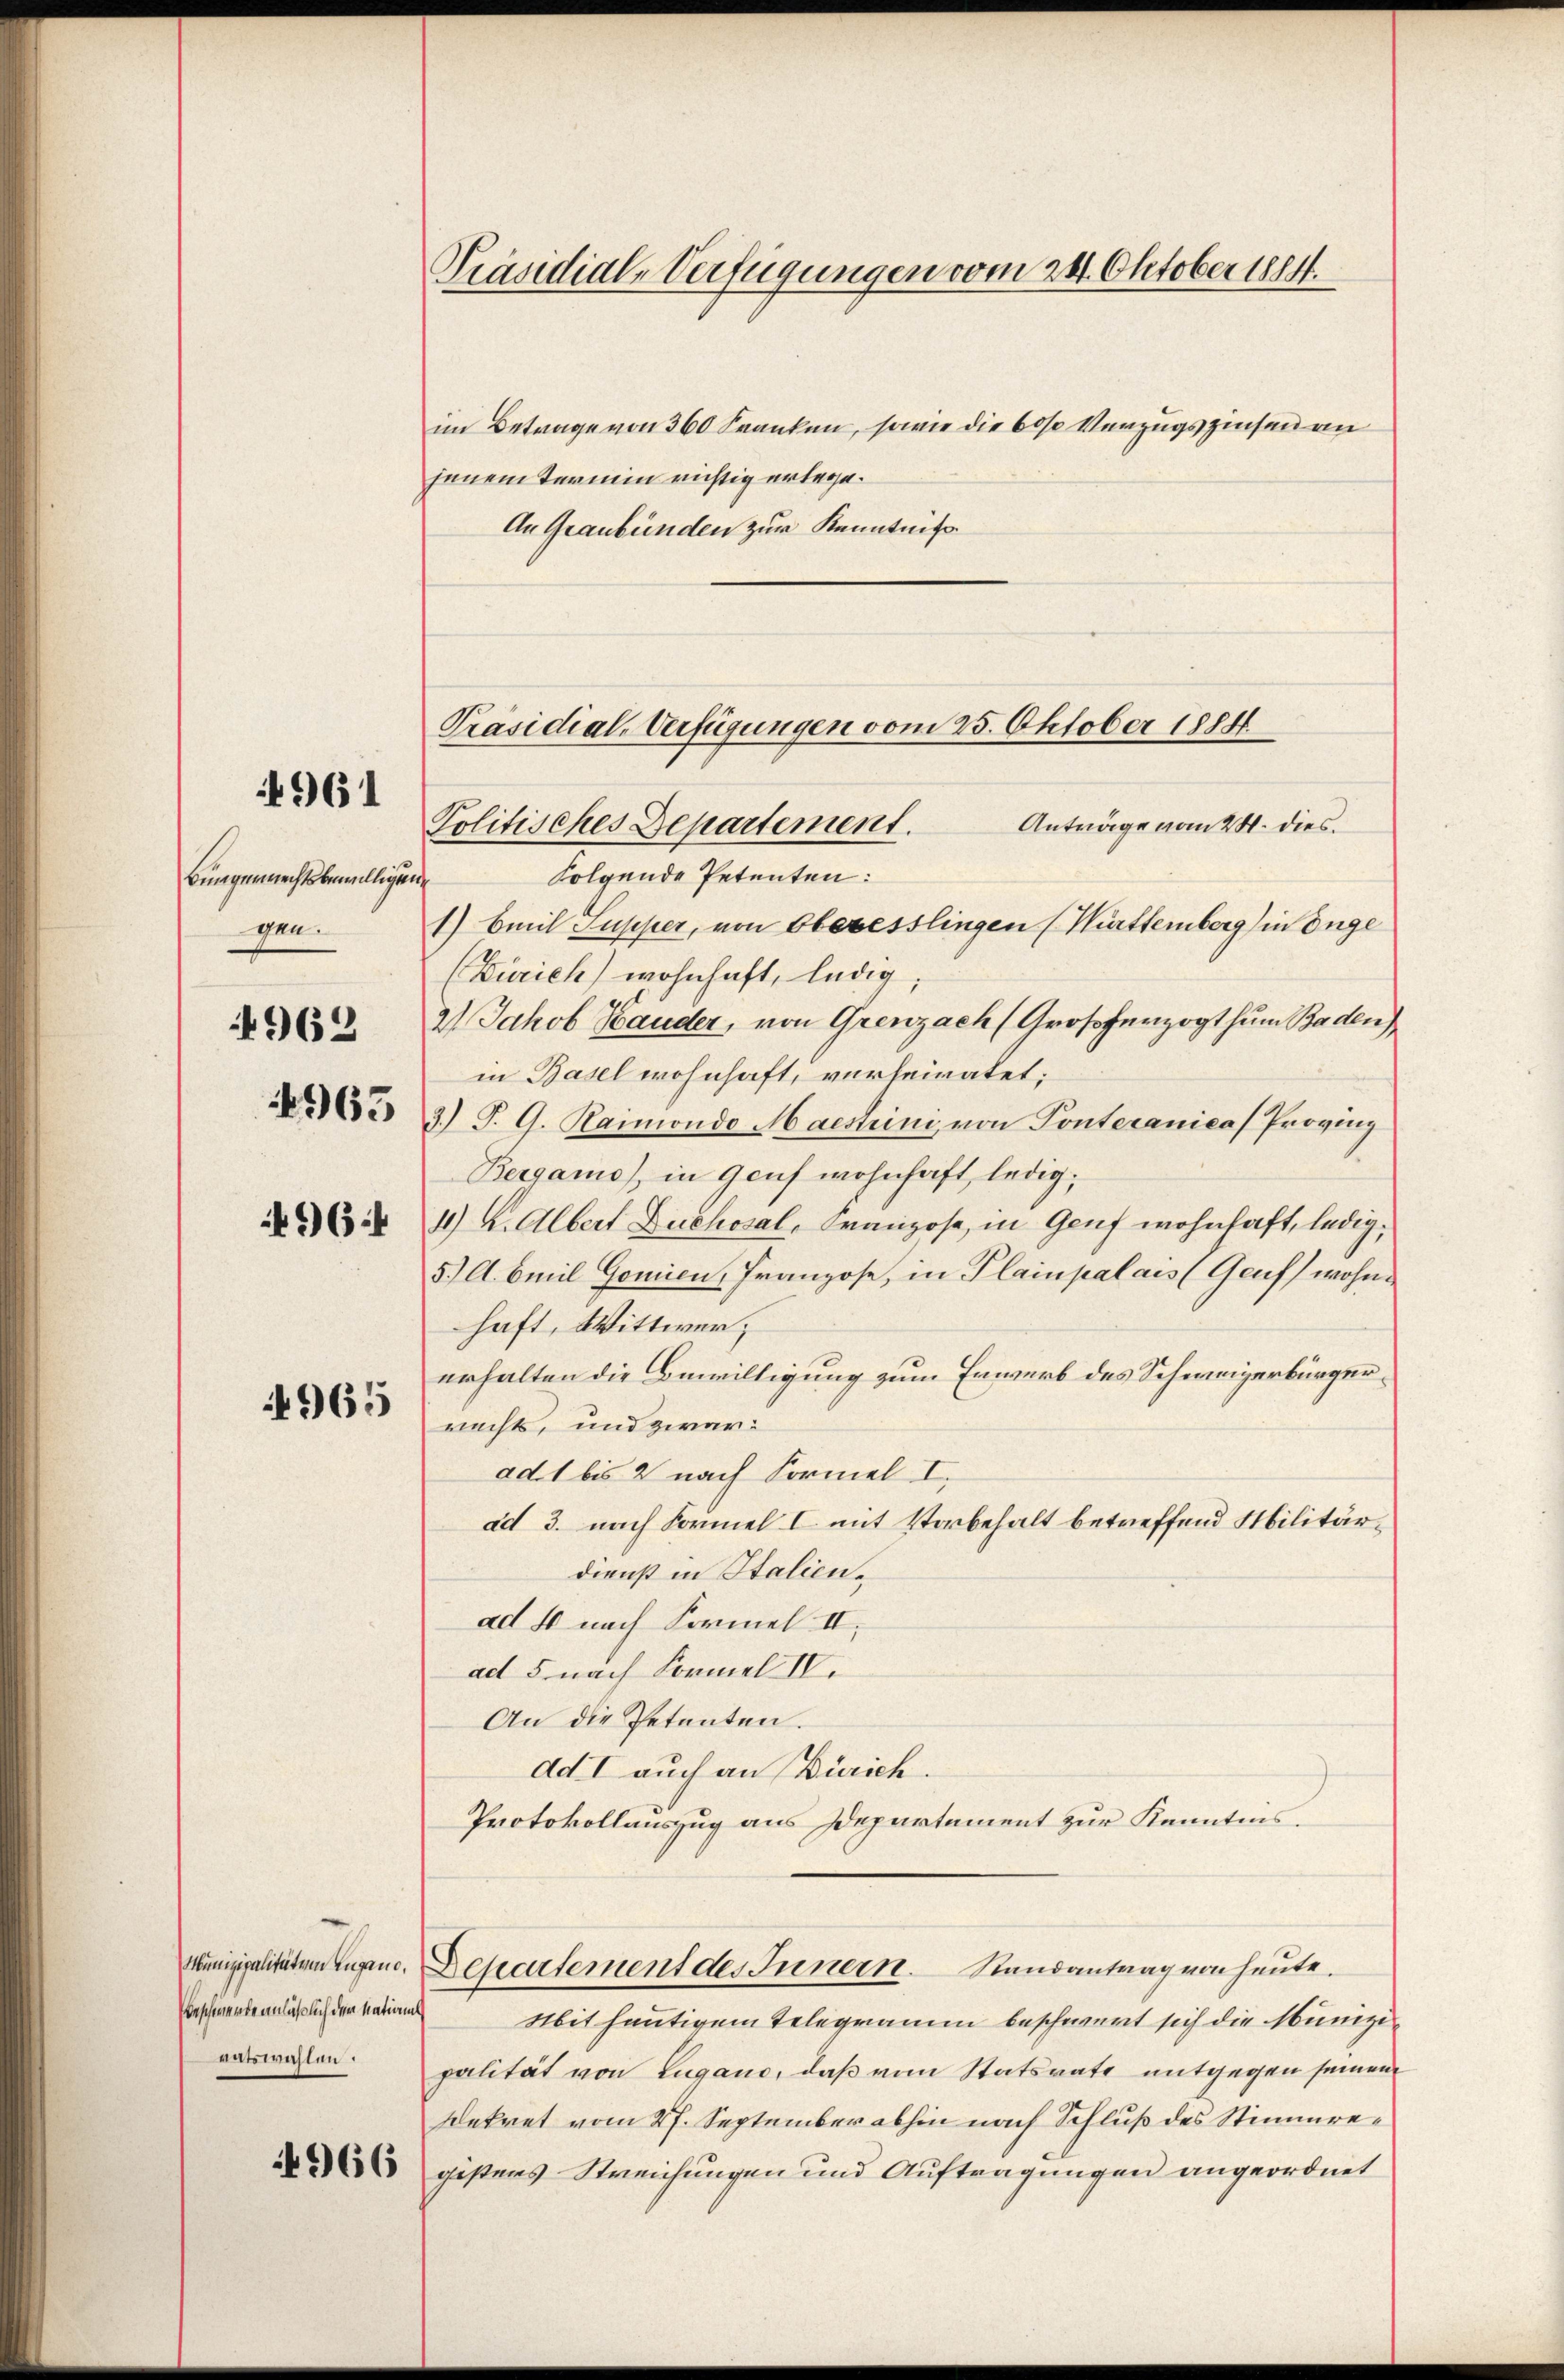
4962

4961

burgerrechtsbewilligen
gen.
64
965

965

Munizipalitäten Zugano.
Beschwerde anläßlich der Nations
ratswahlen.

4966

Präsidial-Verfügungen vom 24. Oktober 1814.

Präsidial-Verfügungen vom 25. Oktober 1884
Anträge vom 20. dies
Politisches Departement.

im Betrage von 360 Franken, sowie die 60% Verzugszinsen an
jenem Termin richtig erlege.
An Graubünden zur Kenntniß
Folgende Petenten:
1) Emil Supper, von Oberesslingen (Kirttemberg in Enge
(Zürich) wohnhaft, ledig
2) Jakob Hander, von Grenzach (Großherzogthum Baden)
in Basel wohnhaft, verheiratet:
3.) J. G. Raimondo Maestrini, von Pontecanica Provinz
Beigams, in Genf wohnhaft, ledig,
1) K. Albert Duchosal, Franzose, in Genf wohnhaft, ledig¬
5.) A. Emil Gomien, Franzose, in Plainpalais (Genf) wohne
haft, Wittwer;
erhalten die Bewilligung zum Erwerb des Schweizerbürgerrechts, und zwar:
ad. 1 bis 2 nach Formel I.
ad 3. nach Formel I mit Vorbehalt betreffend Militärdienst in Italienad 4 nach Formel II.
ad 5 nach Formel IV.
An die Petenten.
dd. I auch an Zürich.
Protokollauszug aus Departement zur Kenntnis.
Departement des Innern. Randantrag von heute.
Mit heutigem Telegramm beschwert sich die Munizipalität von Lugano, daß vom Statsrate entgegen seinem
Dekret vom 27. September abhin nach Schluß des Stimmregestens Streichungen und Auftragungen angeordnet